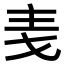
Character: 𪜋